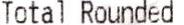
TOTAL ROUNDED